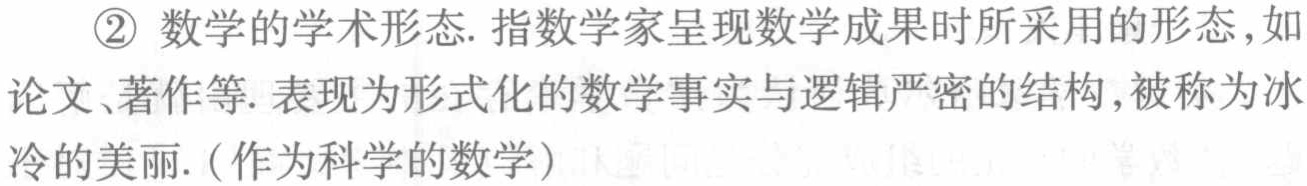
\textcircled{2} 数学的学术形态. 指数学家呈现数学成果时所采用的形态，如论文、著作等. 表现为形式化的数学事实与逻辑严密的结构，被称为冰冷的美丽.（作为科学的数学）